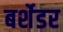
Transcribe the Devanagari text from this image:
बर्शेडर